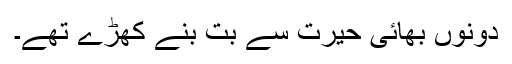
دونوں بھائی حیرت سے بت بنے کھڑے تھے۔